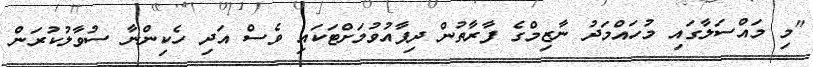
"މި މައްސަލާގައި މުހައްމަދު ނާޒިމްގެ ފާރާތުން ދިފާއުވުމަށްޓަކައި ވެސް އަދި ހެކިންނާ ސުވާލުކުރަން